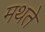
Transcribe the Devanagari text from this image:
मथते